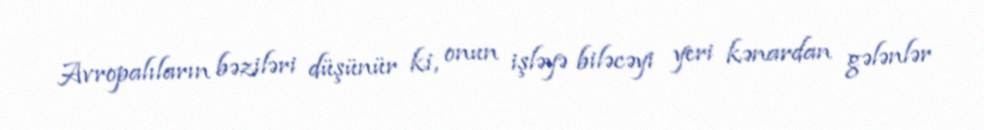
Avropalıların bəziləri düşünür ki, onun işləyə biləcəyi yeri kənardan gələnlər